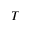
T